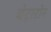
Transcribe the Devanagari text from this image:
व्हेट्स्टोन